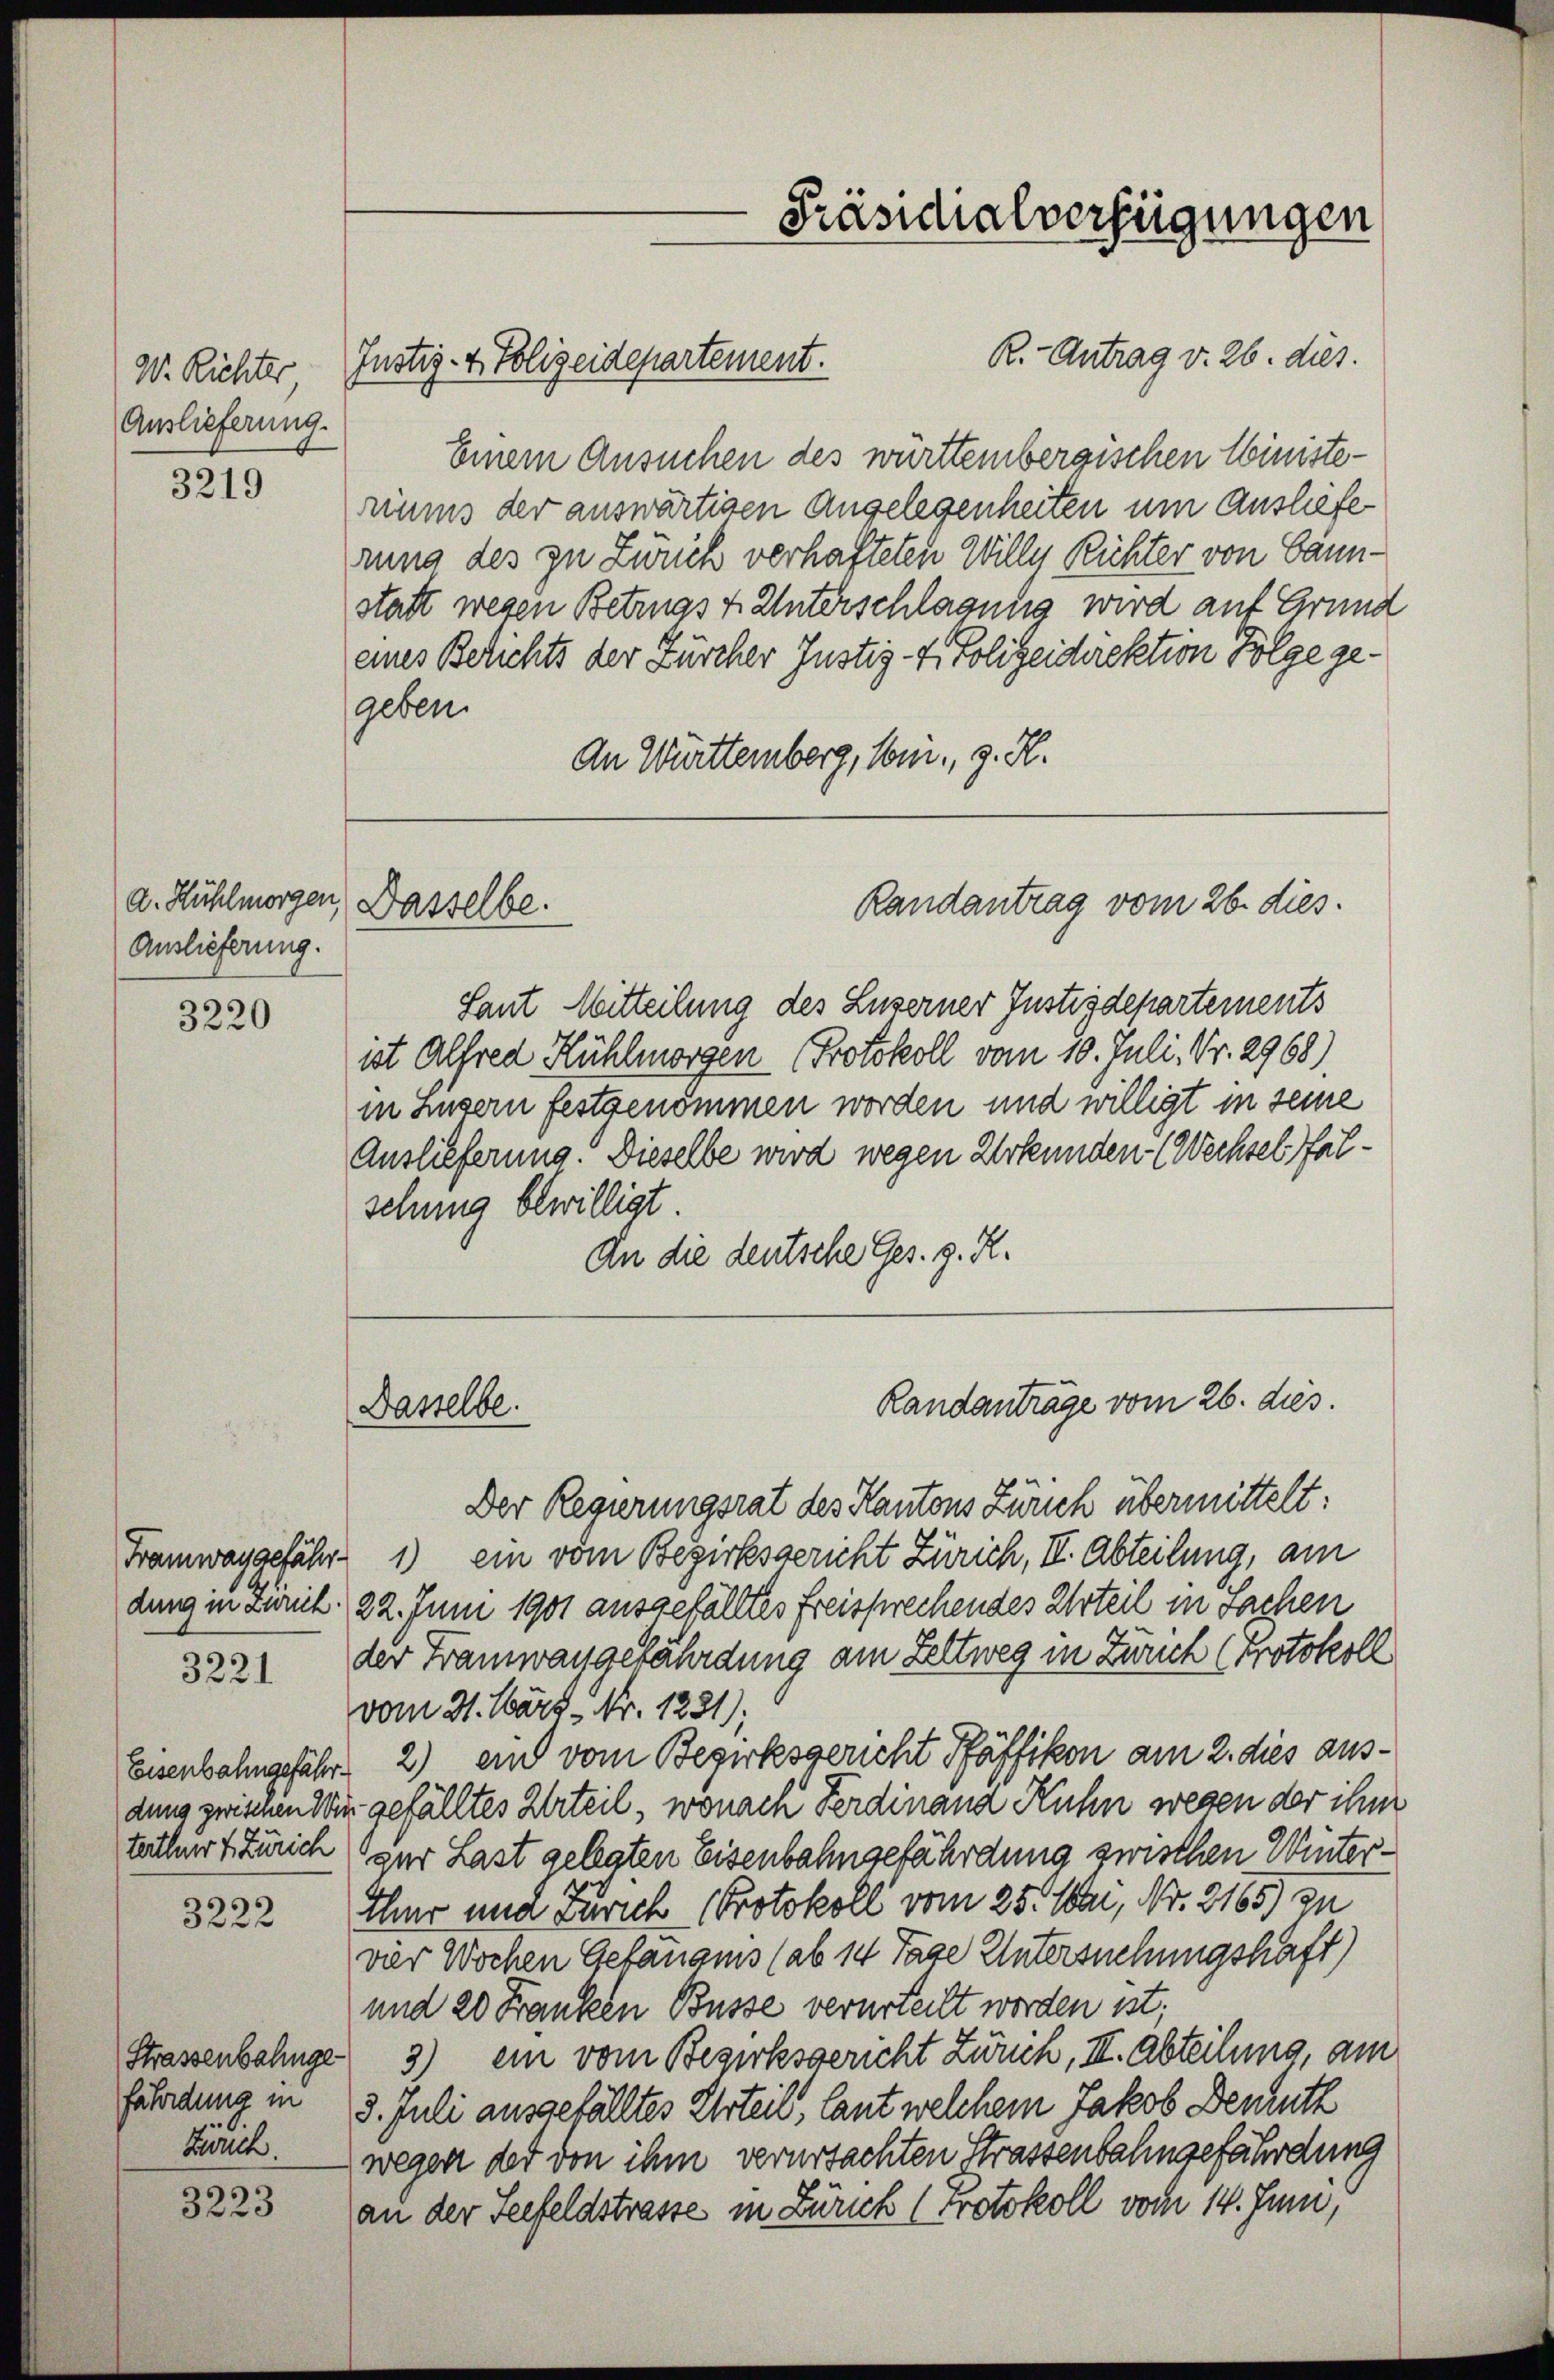
W. Richter
Auslieferung.

3219

a. Hühlmorgen
Auslieferung.

3220

Framway gefähr-
dung in Zürich.

3221

Eisenbahngefährt.
dung zwisenen Win
terthur 4. Zürich

3222

Strassenbahnge
fährdung in
krank.

3223

R.- Antrag v. 26. dies
Einem Ansuchen des württembergischen Ministe-
riums der auswärtigen Angelegenheiten um Ausliefe
rung des zu Zweck verhafteten Wille Richter von Bannstatt wegen Betrugs 7. Unterschlagung wird auf Grund
eines Berichts der Zürcher Justiz- & Polizeidirektion Folge gegeben.
An Württemberg, vom g. K.

Dasselbe.

Dasselbe.

Justiz- & Polizeidepartement.

Präsidialverfügungen

Randantrag vom 26. dies.

Laut Mitteilung des Luzerner Justizdepartements
ist Alfred Hühlmorgen (Protokoll vom 10. Juli, Nr. 2968)
in Luzern festgenommen worden und willigt in seine
Auslieferung. Dieselbe wird wegen Urkunden (Wechsel falsehung bewilligt.
An die deutsche Ges. z. R.

Randanträge vom 26. dies.

Der Regierungsrat des Kantons Zürich übermittelt:
1) ein vom Bezirksgericht Zürich, II. Abteilung, am
22. Juni 1901 ausgefälltes freisprechendes Urteil in Sachen
der Franzwangefährdung am Zeltweg in Zürich (Protokoll
vom 31. März - Nr. 1221)
2) ein vom Bezirksgericht Pfäffikon am 2. dies ausgefälltes Urteil, wonach Ferdinand Kuhn wegen der ihm
zur Last gelegten Eisenbahngefährdung zwischen Winter¬
Thne und Zürich Protokoll vom 25. Aber, Nr. 2165) zu
vier Wochen Gefängnis (ab 14 Tage Untersuchungshaft)
und 20 Franken Busse verurteilt worden ist;
3) ein vom Bezirksgericht Zwuch, III. Abteilung am
3. Juli ausgefälltes Arten, laut welchem Jakob Demuth
wegen der von ihm verurtachten Strassenbahngefährdung
an der Seefeldstrasse in Zürick (Protokoll vom 14. Juni,